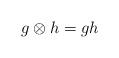
LaTeX: \begin{align*}g \otimes h = gh\end{align*}